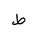
Letter: _da